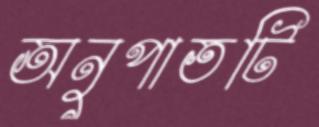
অনুপাতটি